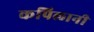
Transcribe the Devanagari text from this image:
कपिलानी